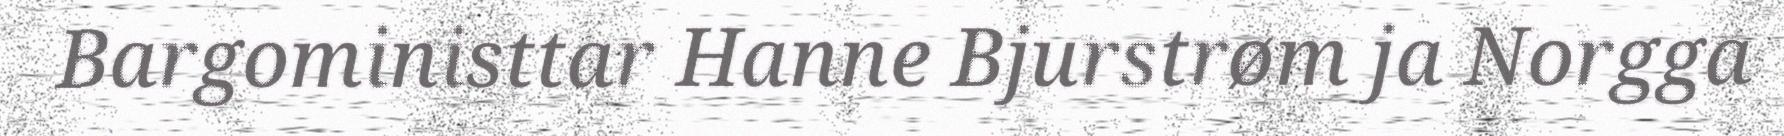
Bargoministtar Hanne Bjurstrøm ja Norgga